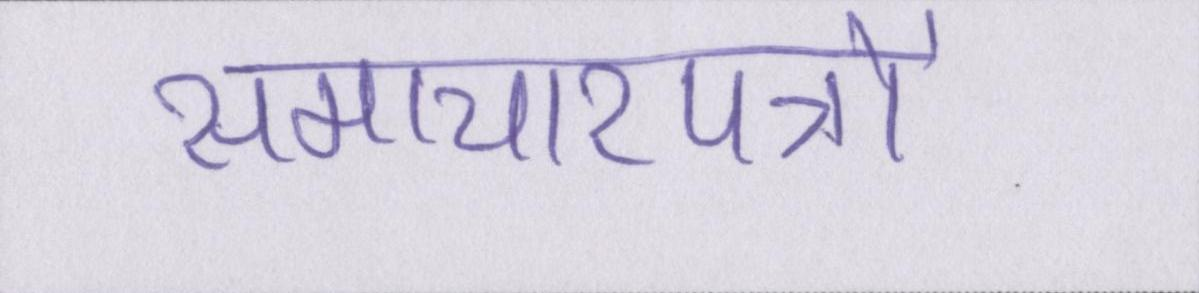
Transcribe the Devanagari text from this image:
समाचारपत्रों